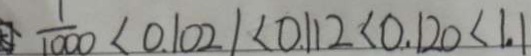
\frac { 1 } { 1 0 0 0 } < 0 . 1 0 2 1 < 0 . 1 1 2 < 0 . 1 2 0 < 1 . 1